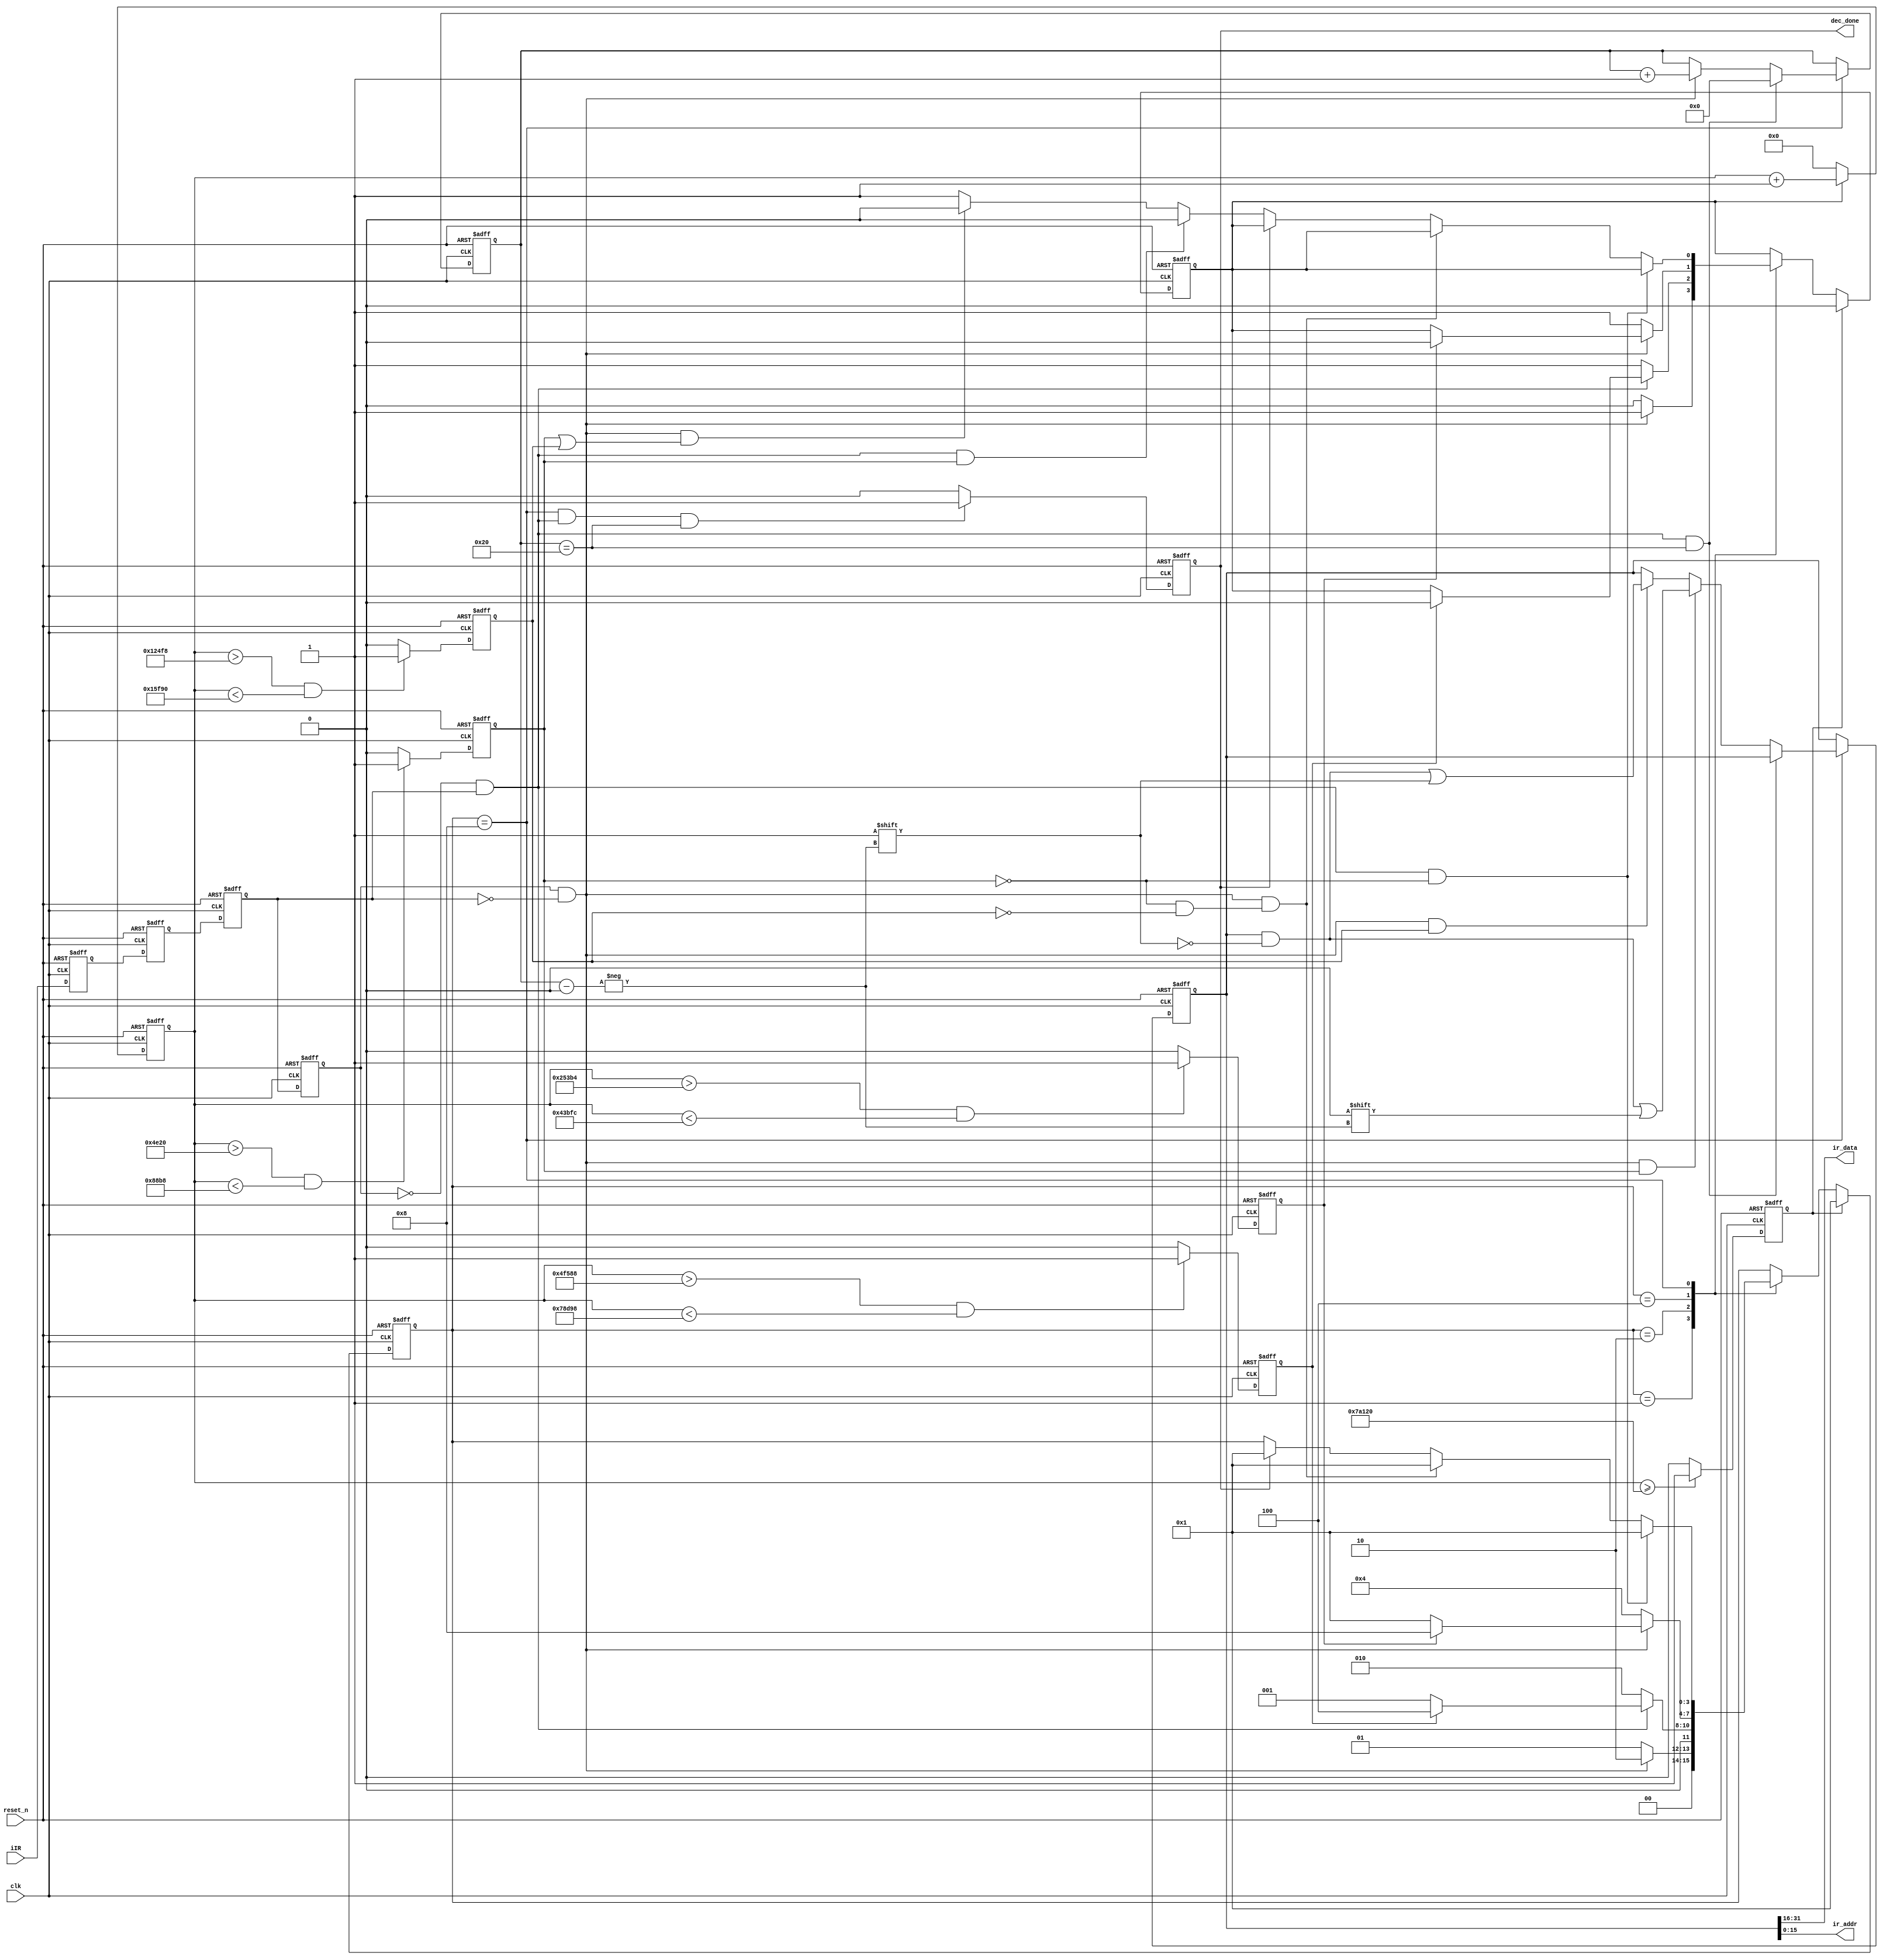
module ir_decode(
	clk,
	reset_n,
  
	iIR,
  
	dec_done,
	ir_data,
	ir_addr
);
    wire reset;
	assign reset=~reset_n;
	input clk;   //ϵͳʱ�����룬50M
	input reset_n;  //��λ�ź����룬����Ч

	input iIR;      //�����ź�����
	
	output dec_done; //һ�κ��������ɱ�־
	output [15:0]ir_data;  //�����������
	output [15:0]ir_addr;  //������ĵ�ַ
	
	reg dec_done; //һ�κ��������ɱ�־
	reg [3:0] state;       //״̬��״̬
	reg time_cnt_en; //ʱ�������ʹ��
	reg [18:0]time_cnt;    //ʱ�������

	reg T9ms_ok;
	reg T4_5ms_ok;
	reg T_56ms_ok;
	reg T1_69ms_ok;
	reg timeout;

	reg [5:0]data_cnt;	
	reg [31:0]data_tmp;
	
	assign ir_addr = data_tmp[15:0];
	assign ir_data = data_tmp[31:16];
	
	localparam 
		IDLE        = 4'b0001,
		LEADER_T9   = 4'b0010,
		LEADER_T4_5 = 4'b0100,
		DATE_GET    = 4'b1000;
		
	reg iIR_sync1;
	reg iIR_sync2;
	reg iIR_sync_reg1;
	reg iIR_sync_reg2;
	wire iIR_pedge;
	wire iIR_nedge;
	
  //�ⲿ��������ź�ͬ��
	always@(posedge clk or posedge reset)
	if(reset)begin
		iIR_sync1 <= 1'b0;
		iIR_sync2 <= 1'b0;
	end
	else begin
		iIR_sync1 <= iIR;
		iIR_sync2 <= iIR_sync1;
	end

	//�ⲿ��������ź�ͬ����Ĵ�
	always@(posedge clk or posedge reset)
	if(reset)begin
		iIR_sync_reg1 <= 1'b0;
		iIR_sync_reg2 <= 1'b0;
	end
	else begin
		iIR_sync_reg1 <= iIR_sync2;
		iIR_sync_reg2 <= iIR_sync_reg1;
	end

	//�ⲿ��������źű��ؼ��
	assign iIR_pedge = !iIR_sync_reg2 && iIR_sync_reg1;
	assign iIR_nedge = iIR_sync_reg2  && !iIR_sync_reg1;

	always@(posedge clk or posedge reset)
	if(reset)	
		time_cnt <= 19'd0;
	else if(time_cnt_en == 1'b1)
		time_cnt <= time_cnt + 1'b1;
	else
		time_cnt <= 19'd0;

	always@(posedge clk or posedge reset)
	if(reset)
		T9ms_ok <= 1'b0;
	else if(time_cnt > 19'd325000 && time_cnt <19'd495000)
		T9ms_ok <= 1'b1;
	else
		T9ms_ok <= 1'b0;
		
	always@(posedge clk or posedge reset)
	if(reset)
		T4_5ms_ok <= 1'b0;
	else if(time_cnt > 19'd152500 && time_cnt <19'd277500)
		T4_5ms_ok <= 1'b1;
	else
		T4_5ms_ok <= 1'b0;
	
	always@(posedge clk or posedge reset)
	if(reset)
		T_56ms_ok <= 1'b0;
	else if(time_cnt > 19'd20000 && time_cnt <19'd35000)
		T_56ms_ok <= 1'b1;
	else
		T_56ms_ok <= 1'b0;
		
	always@(posedge clk or posedge reset)
	if(reset)
		T1_69ms_ok <= 1'b0;
	else if(time_cnt > 19'd75000 && time_cnt <19'd90000)
		T1_69ms_ok <= 1'b1;
	else
		T1_69ms_ok <= 1'b0;
		
	always@(posedge clk or posedge reset)
	if(reset)	
		timeout <= 1'b0;
	else if(time_cnt >= 19'd500000)
		timeout <= 1'b1;
	else 
		timeout <= 1'b0;

	always@(posedge clk or posedge reset)
	if(reset)begin
		state <= IDLE;
		time_cnt_en <= 1'b0;
	end
	else if(!timeout)begin
		case(state)
			IDLE:
				if(iIR_nedge)begin
					time_cnt_en <= 1'b1;
					state <= LEADER_T9;
				end
				else begin
					state <= IDLE;
					time_cnt_en <= 1'b0;
				end
			
			LEADER_T9:
				if(iIR_pedge)begin
					if(T9ms_ok)begin
						time_cnt_en <= 1'b0;
						state <= LEADER_T4_5;
					end
					else begin
						state <= IDLE;	
					end
				end
				else begin
					state <= LEADER_T9;
					time_cnt_en <= 1'b1;
				end
					
			LEADER_T4_5:
				if(iIR_nedge)begin
					if(T4_5ms_ok)begin
						time_cnt_en <= 1'b0;
						state <= DATE_GET;
					end
					else begin
						state <= IDLE;	
					end
				end
				else begin
					state <= LEADER_T4_5;
					time_cnt_en <= 1'b1;
				end
					
			DATE_GET:
				if(iIR_pedge && !T_56ms_ok)
					state <= IDLE;
				else if(iIR_nedge && (!T_56ms_ok && !T1_69ms_ok))
					state <= IDLE;			
				else if(dec_done)
					state <= IDLE;	
				else if(iIR_pedge && T_56ms_ok)begin
					time_cnt_en <= 1'b0;
				end
				else if(iIR_nedge && (T_56ms_ok || T1_69ms_ok))begin
					time_cnt_en <= 1'b0;				
				end
				else
					time_cnt_en <= 1'b1;
			default:;
		endcase
	end
	else begin
		time_cnt_en <= 1'b0;
		state <= IDLE;	
	end

	always@(posedge clk or posedge reset)
	if(reset)	
		dec_done <= 1'b0;
	else if(state == DATE_GET && iIR_pedge && (data_cnt == 6'd32))
		dec_done <= 1'b1;
	else 
		dec_done <= 1'b0;
    
	always@(posedge clk or posedge reset)
	if(reset)begin
		data_cnt <= 6'd0;
		data_tmp <= 32'd0;
	end
	else if(state == DATE_GET)begin
		if(iIR_pedge && (data_cnt == 6'd32))
			data_cnt <= 6'd0;
		else begin
			if(iIR_nedge)
				data_cnt <= data_cnt + 1'b1;
			if(iIR_nedge && T_56ms_ok)
				data_tmp[data_cnt] <= 1'b0;
			else if(iIR_nedge && T1_69ms_ok)
				data_tmp[data_cnt] <= 1'b1;			
		end	
	end

endmodule